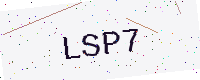
Text: LSP7